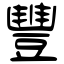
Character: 豐